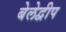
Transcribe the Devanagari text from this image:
बेलेद्वीप